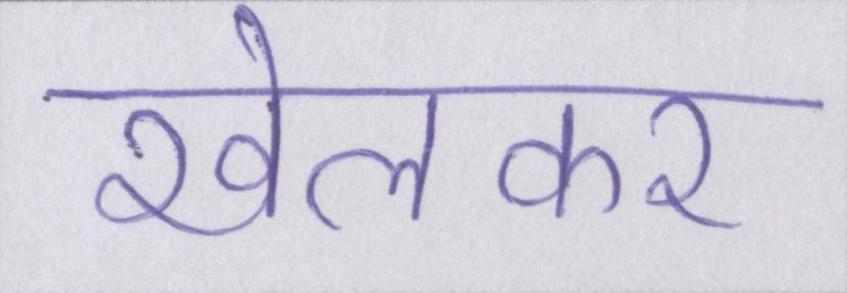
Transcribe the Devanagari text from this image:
खेलकर